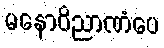
မနောဝိညာဏံပေ